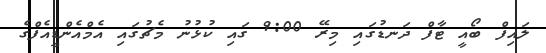
ލައިފް ބޯއީ ޓާފް ދަނޑުގައި މިރޭ 9:00 ގައި ކުޅުނު މެޗުގައި އެމްއެންޑީއެފްގެ